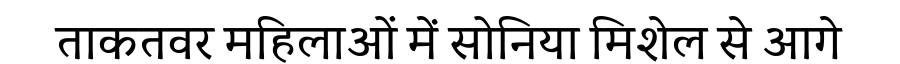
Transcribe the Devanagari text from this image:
ताकतवर महिलाओं में सोनिया मिशेल से आगे